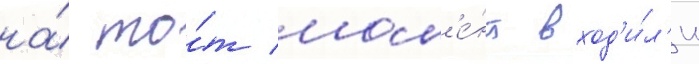
на́ то́т мом'е́нт вход'и́л'и